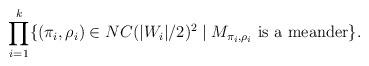
LaTeX: \begin{align*} \prod_{i=1}^k \{ ( \pi_i , \rho_i ) \in NC( |W_i|/2 )^{2} \mid M_{\pi_i , \rho_i} \mbox{ is a meander} \} .\end{align*}